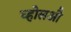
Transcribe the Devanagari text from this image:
च्होलऔ